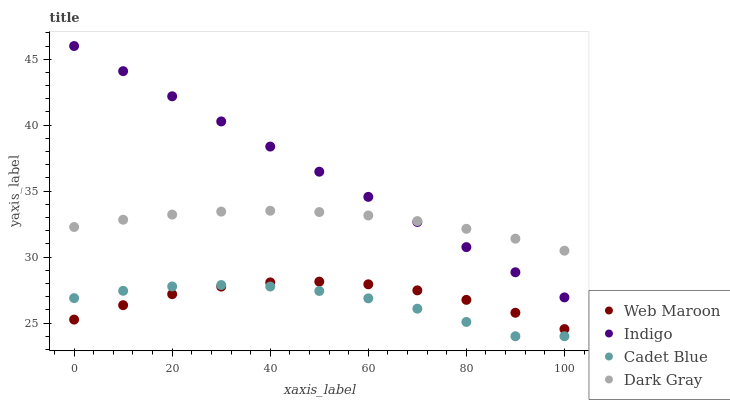
| xaxis_label | Web Maroon | Indigo | Cadet Blue | Dark Gray |
 | --- | --- | --- | --- | --- |
 | 0 | 25.3 | 46 | 26.9 | 32.3 |
 | 10 | 26.4 | 44.1 | 27.4 | 32.8 |
 | 20 | 27.2 | 42.2 | 27.8 | 33.2 |
 | 30 | 27.8 | 40.3 | 27.9 | 33.4 |
 | 40 | 28.1 | 38.4 | 27.8 | 33.5 |
 | 50 | 28.1 | 36.5 | 27.4 | 33.4 |
 | 60 | 27.9 | 34.6 | 26.9 | 33.2 |
 | 70 | 27.5 | 32.7 | 26.1 | 32.7 |
 | 80 | 26.8 | 30.8 | 25.1 | 32.1 |
 | 90 | 25.8 | 28.9 | 24 | 31.4 |
 | 100 | 24.5 | 26.9 | 24 | 30.5 |